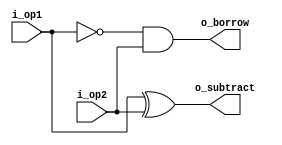
`timescale 1 ns /1 ps
module half_subtractor (i_op1, i_op2, o_subtract, o_borrow);
	
	input  i_op1, i_op2;
	output o_subtract, o_borrow;

	xor (o_subtract, i_op1, i_op2);
	and (o_borrow, ~i_op1, i_op2);

endmodule

module full_subtractor(i_op1, i_op2, i_borrow_in, o_subtract, o_borrow);
	
	input  i_op1, i_op2, i_borrow_in;
	output o_subtract, o_borrow;

	wire   sub1, bor1, bor2;

	or or1 (o_borrow, bor1, bor2);

	half_subtractor first_half_subtractor(.i_op1(i_op1),
										  .i_op2(i_op2),
										  .o_subtract(sub1),
								          .o_borrow(bor1)
								         );

	half_subtractor second_half_subtractor(.i_op1(sub1),
								 		   .i_op2(i_borrow_in),
								           .o_subtract(o_subtract),
										   .o_borrow(bor2)
								 		  );

endmodule

module param_subtractor (i_op1, i_op2, i_borrow_in, o_subtract, o_borrow_out);

	parameter WIDTH = 4;

	input  [WIDTH-1:0] i_op1, i_op2;
	input 		  	   i_borrow_in;
	output [WIDTH-1:0] o_subtract;
	output 		       o_borrow_out;

	wire   [WIDTH-1:0] borrow;

	assign o_borrow_out = borrow[WIDTH-1];

	genvar i;

	generate 
		for(i=0; i<WIDTH; i=i+1) begin : sub_iteration
			if(i==0) 
				full_subtractor cl (.i_op1(i_op1[i]),
								 .i_op2(i_op2[i]),
								 .i_borrow_in(i_borrow_in),
								 .o_subtract(o_subtract[i]),
								 .o_borrow(borrow[i])
								);
			
			else 
				full_subtractor cl (.i_op1(i_op1[i]),
								 .i_op2(i_op2[i]),
								 .i_borrow_in(borrow[i-1]),
								 .o_subtract(o_subtract[i]),
								 .o_borrow(borrow[i])
								);
			
		end
	endgenerate
endmodule

module param_subtractor_tb;
	parameter WIDTH = 8;
	reg [WIDTH-1:0]  op1, op2;
	reg 	    borrow_in;
	wire [WIDTH-1:0]  subtract;
	wire		borrow_out;

	reg signed [WIDTH:0]  borrow_concat_sub;

	param_subtractor #(.WIDTH(WIDTH)) four_bit_subtractor(.i_op1(op1), 
					   		.i_op2(op2), 
					   		.i_borrow_in(borrow_in),
					   		.o_subtract(subtract),
					   		.o_borrow_out(borrow_out)
							);

	integer i, j, res, error = 0;

	initial begin
		borrow_in = 0;
		for (i=0; i<2**WIDTH; i=i+1) begin
			for (j=0; j<2**WIDTH; j=j+1) begin
				res = i - j;
				op1 = i;
				op2 = j;
				#1;
				borrow_concat_sub = $signed({borrow_out, subtract});
				if (res!=borrow_concat_sub) begin
					error = error + 1;
					$display("Error at %d: i=%d, j=%d, i-j=%d, op1=%d, op2=%d, op1-op2=%d, borrow_out=%d, subtract=%d",$time, 
						i, j, res, op1, op2, borrow_concat_sub, borrow_out, subtract);
				end // if (res!= sum)
			end // for (j=0; j<16; j=j+1)
		end // for (i=0; i<16; i=i+1)
		borrow_in = 1;
		for (i=0; i<2**WIDTH; i=i+1) begin
			for (j=0; j<2**WIDTH; j=j+1) begin
				res = i - j - borrow_in;
				op1 = i;
				op2 = j;
				#1;
				borrow_concat_sub = $signed({borrow_out, subtract});
				if (res!=borrow_concat_sub) begin
					error = error + 1;
					$display("Error at %d: i=%d, j=%d, i-j=%d, op1=%d, op2=%d, op1-op2=%d, borrow_out=%d, subtract=%d",$time, 
						i, j, res, op1, op2, borrow_concat_sub, borrow_out, subtract);
				end // if (res!= sum)
			end // for (j=0; j<16; j=j+1)
		end // for (i=0; i<16; i=i+1)
		if (error==0) $display("!!!Test completed succesfully");
		else $display("Error counter: %d", error);
	end // initial
endmodule // lb2_tb